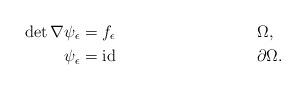
LaTeX: \begin{align*}\det\nabla \psi_{\epsilon}&=f_{\epsilon} &&\Omega,\\\psi_{\epsilon}&=\operatorname{id} &&\partial \Omega.\end{align*}